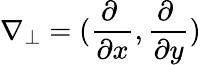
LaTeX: \nabla_{\perp}=(\frac{\partial\mathrm{~}}{\partial x},\frac{\partial\mathrm{~}}{\partial y})